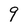
Character: 9